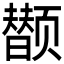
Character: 𲋂